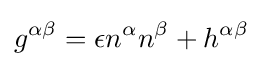
g^{\alpha \beta }=\epsilon n^{\alpha }n^{\beta }+h^{\alpha \beta }